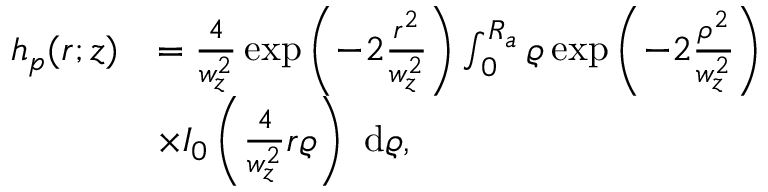
\begin{array} { r l } { h _ { { p } } ( r ; z ) } & { = \frac { 4 } { w _ { z } ^ { 2 } } \exp \left( { - 2 \frac { r ^ { 2 } } { w _ { z } ^ { 2 } } } \right) \int _ { 0 } ^ { R _ { a } } \varrho \exp \left( { - 2 \frac { \rho ^ { 2 } } { w _ { z } ^ { 2 } } } \right) } \\ & { \times { I } _ { 0 } \left( \frac { 4 } { w _ { z } ^ { 2 } } r \varrho \right) \mathrm { ~ d } \varrho , } \end{array}